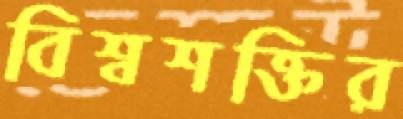
বিশ্বশক্তির